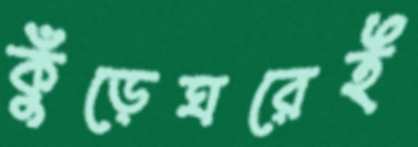
কুঁড়েঘরেই